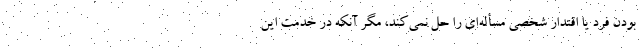
بودن فرد یا اقتدار شخصی مسأله‌ای را حل نمی‌کند، مگر آنکه در خدمت این